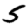
Digit: 5